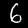
Label: 6